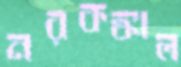
নরকঙ্কাল